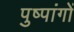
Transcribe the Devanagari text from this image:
पुष्पांगों